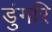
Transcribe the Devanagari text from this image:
डुंगरि